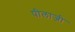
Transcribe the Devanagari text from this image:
पीलाजी